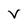
Character: V